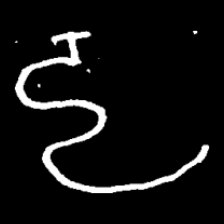
Pyu character \u2014 Myanmar letter: ဠ (romanized: lla)